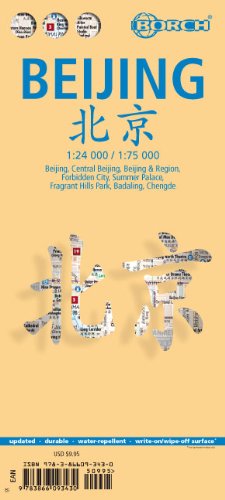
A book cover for Laminated Beijing Map by Borch (English, Spanish, French, Italian and German Edition); Borch; Travel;